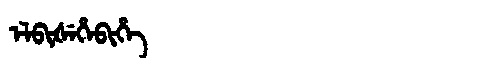
Manchu: ᡝᠯᠪᡳᡧᡝᡥᡝᠪᡳᡥᡝ
Romanization: ELBIŠEHEBIHE